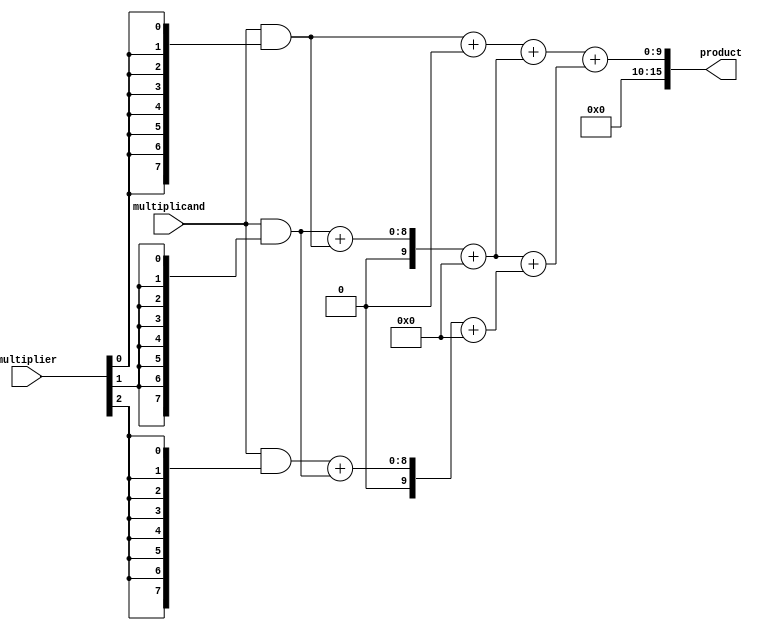
module AdaptiveWallaceTreeMultiplier #(parameter N = 8) (
    input  [N-1:0] multiplicand,
    input  [N-1:0] multiplier,
    output reg [2*N-1:0] product
);

// Generate partial products
wire [N-1:0] pp [0:N-1]; // Partial products array

genvar i;
generate
    for (i = 0; i < N; i = i + 1) begin : pp_gen
        assign pp[i] = multiplicand & {N{multiplier[i]}};
    end
endgenerate

// Wallace tree reduction
wire [N+1:0] sum [0:N-1]; // Sums for Wallace tree
wire [N-1:0] carry [0:N-1]; // Carries for Wallace tree

// First stage of reduction
generate
    for (i = 0; i < N; i = i + 1) begin : first_stage
        if (i == 0) begin
            assign sum[i] = {1'b0, pp[i]};
            assign carry[i] = 0;
        end else begin
            assign {carry[i], sum[i]} = pp[i] + pp[i-1];
        end
    end
endgenerate

// Wallace tree reduction stages
integer j;
reg [N+1:0] stage1 [0:N-1];
reg [N+1:0] stage2 [0:N-1];
reg [N+1:0] final_sum;
reg [N+1:0] final_carry;

always @* begin
    // Stage 1 reduction
    for (j = 0; j < N; j = j + 1) begin
        stage1[j] = sum[j] + {1'b0, carry[j]};
    end

    // Stage 2 reduction (simple example for 2 levels)
    for (j = 0; j < N-1; j = j + 1) begin
        stage2[j] = stage1[j] + stage1[j+1];
    end

    // Final addition of last two rows
    final_sum = stage2[0] + stage2[1];
    product = final_sum;
end

endmodule